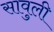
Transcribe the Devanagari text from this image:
सावुली